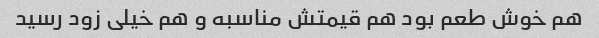
هم خوش طعم بود هم قیمتش مناسبه و هم خیلی زود رسید